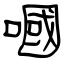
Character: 嘓